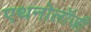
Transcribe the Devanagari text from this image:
एथनोलॉजी